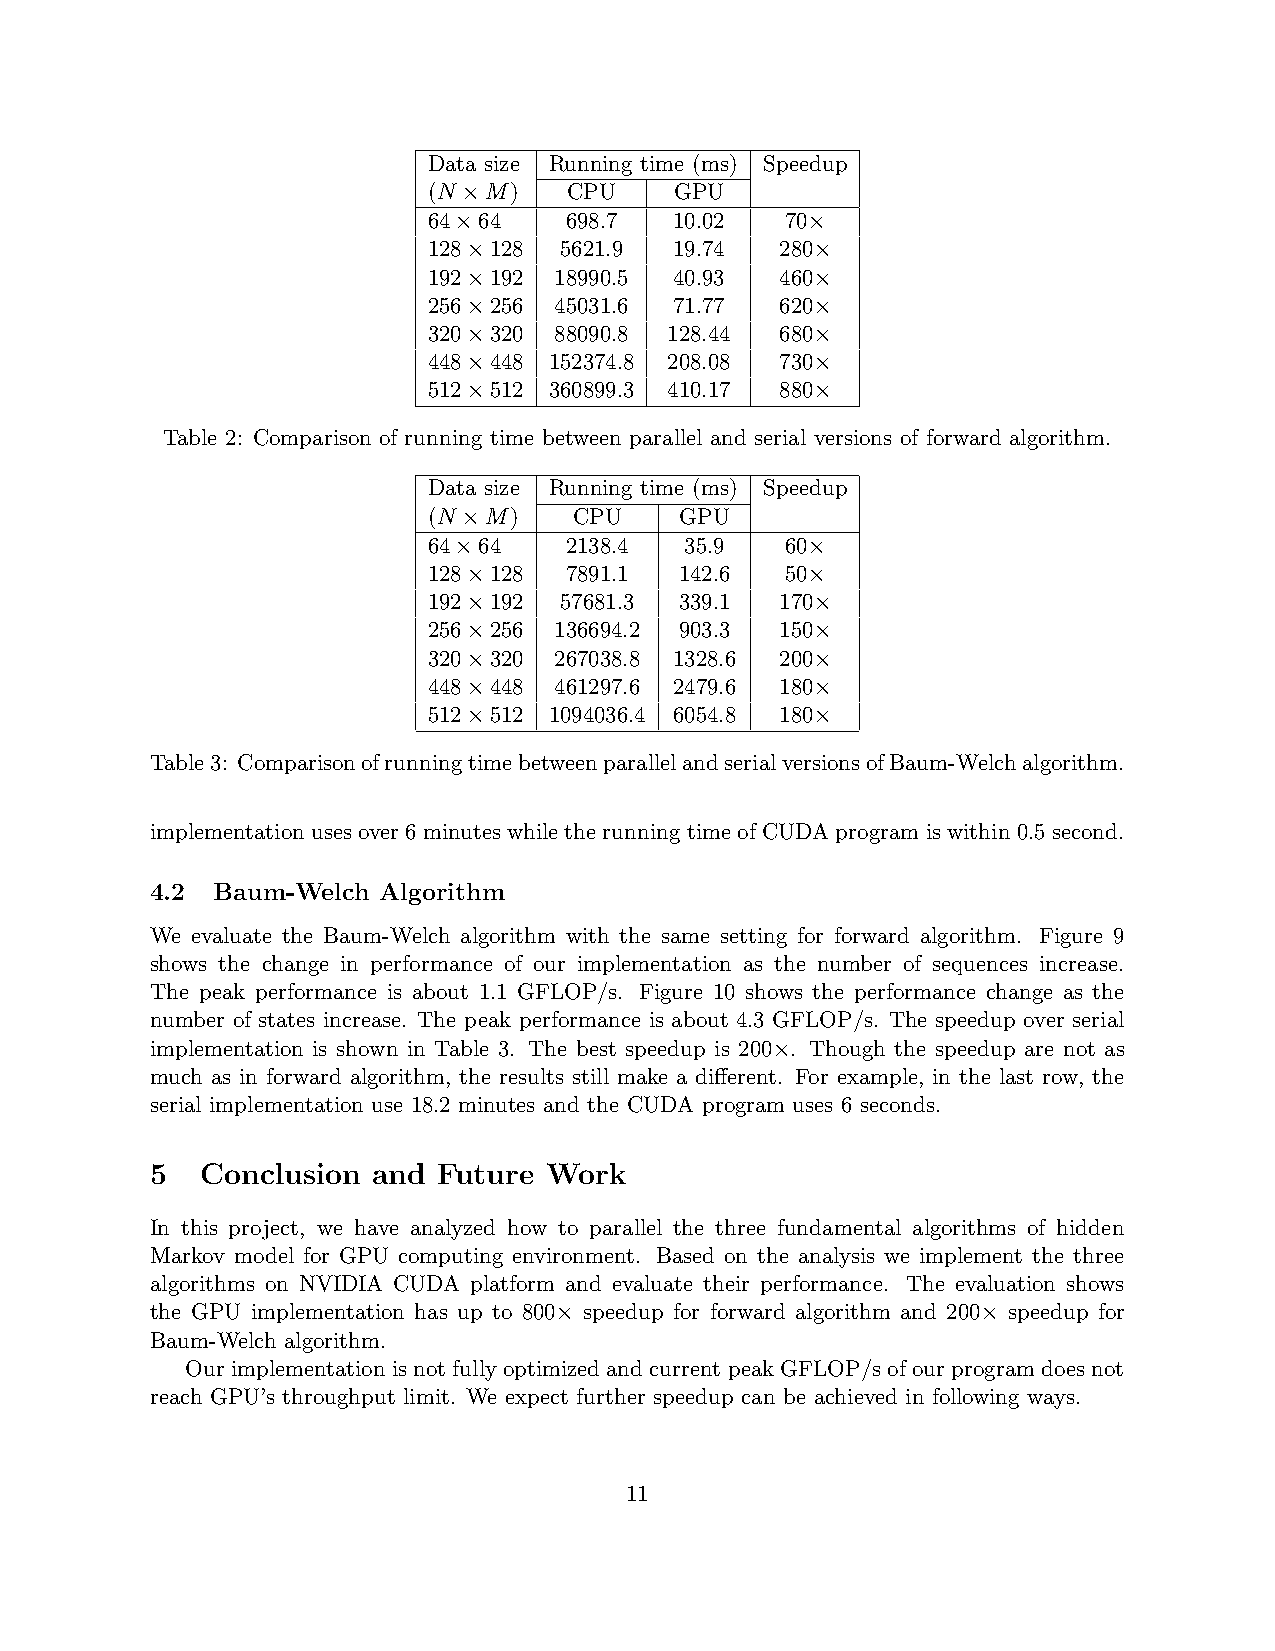
Data size Running time (ms) Speedup
 (N ×M)    CPU    GPU
 64×64    698.7   10.02  70×
 128×128  5621.9  19.74  280×
 192×192  18990.5 40.93  460×
 256×256  45031.6 71.77  620×
 320×320  88090.8 128.44 680×
 448×448 152374.8 208.08 730×
 512×512 360899.3 410.17 880×
 Table 2: Comparison of running time between parallel and serial versions of forward algorithm.
 Data size Running time (ms) Speedup
 (N ×M)    CPU    GPU
 64×64    2138.4  35.9   60×
 128×128  7891.1  142.6  50×
 192×192  57681.3 339.1  170×
 256×256  136694.2 903.3 150×
 320×320  267038.8 1328.6 200×
 448×448  461297.6 2479.6 180×
 512×512 1094036.4 6054.8 180×
 Table3: ComparisonofrunningtimebetweenparallelandserialversionsofBaum-Welchalgorithm.
 implementation uses over 6 minutes while the running time of CUDA program is within 0.5 second.
 4.2 Baum-Welch Algorithm
 We evaluate the Baum-Welch algorithm with the same setting for forward algorithm. Figure 9
 shows the change in performance of our implementation as the number of sequences increase.
 The peak performance is about 1.1 GFLOP/s. Figure 10 shows the performance change as the
 number of states increase. The peak performance is about 4.3 GFLOP/s. The speedup over serial
 implementation is shown in Table 3. The best speedup is 200×. Though the speedup are not as
 much as in forward algorithm, the results still make a different. For example, in the last row, the
 serial implementation use 18.2 minutes and the CUDA program uses 6 seconds.
 5  Conclusion  and Future Work
 In this project, we have analyzed how to parallel the three fundamental algorithms of hidden
 Markov model for GPU computing environment. Based on the analysis we implement the three
 algorithms on NVIDIA CUDA platform and evaluate their performance. The evaluation shows
 the GPU implementation has up to 800× speedup for forward algorithm and 200× speedup for
 Baum-Welch algorithm.
 Our implementation is not fully optimized and current peak GFLOP/s of our program does not
 reach GPU’s throughput limit. We expect further speedup can be achieved in following ways.
 11